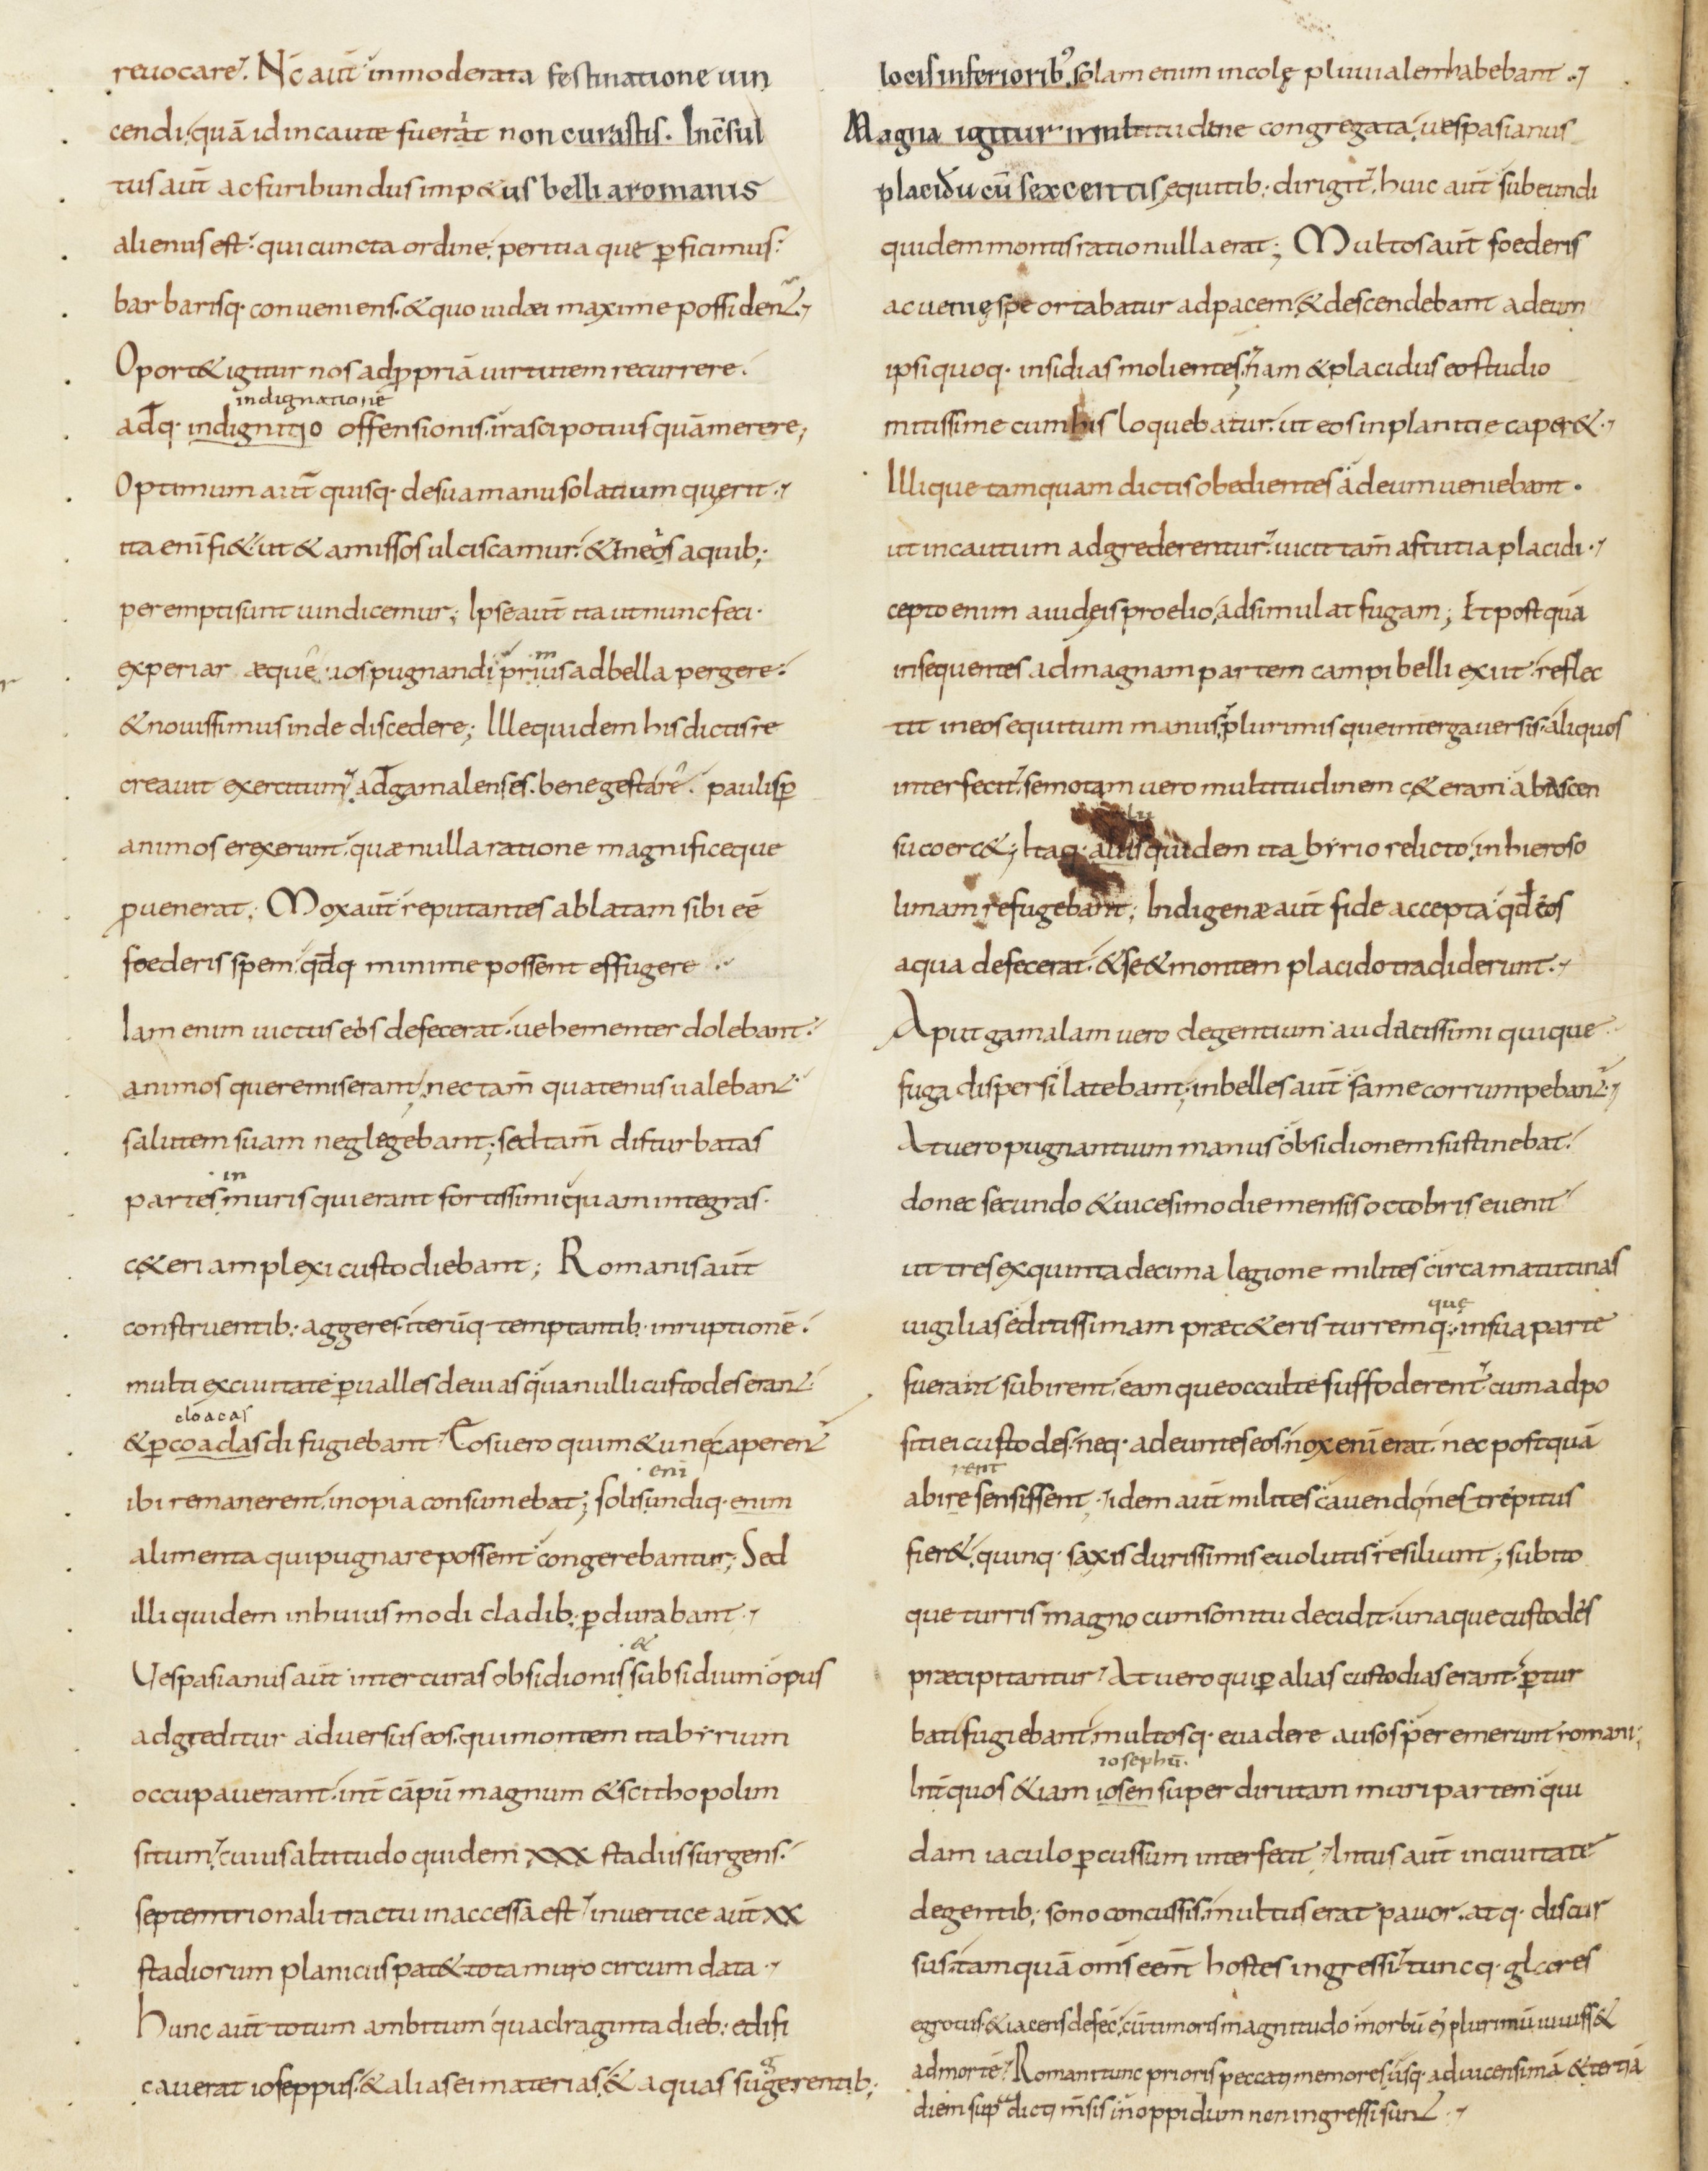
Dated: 800–899